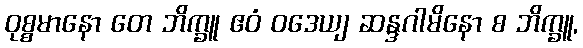
ဝုစ္စမာနော တေ ဘိက္ခူ ဧဝံ ဝဒေယျ ဆန္ဒဂါမိနော စ ဘိက္ခူ,